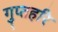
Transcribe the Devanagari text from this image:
गुप्तहरि